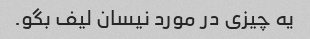
یه چیزی در مورد نیسان لیف بگو.